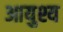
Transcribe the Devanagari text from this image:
आयुश्य